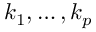
k _ { 1 } , \hdots , k _ { p }